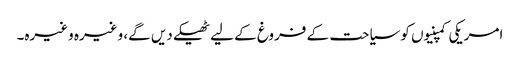
امریکی کمپنیوں کو سیاحت کے فروغ کے لیے ٹھیکے دیں گے، وغیرہ وغیرہ۔